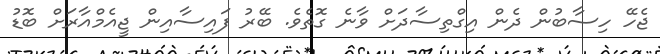
ޖެހޭ ހިސާބުން ދެން އިގްތިސާދަށް ވާނެ ގޮތެވެ. ބޭރު ފައިސާއިން ޖީއެމްއާރަށް ބޮޑު